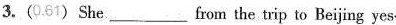
3.(0.61)She___from the trip to Beijing yes-